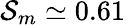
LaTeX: \mathcal{S}_{m}\simeq 0.61